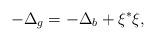
LaTeX: \begin{align*}-\Delta_g=-\Delta_b+\xi^*\xi,\end{align*}